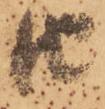
由